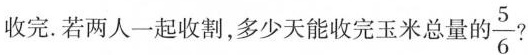
2.老王和老李一起收割玉米，老王单独收割需要4天才能收完，老李单独收割需要6天才能